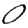
Digit: 0